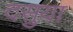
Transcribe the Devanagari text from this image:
दसुया